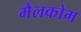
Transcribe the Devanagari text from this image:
मैलकोम